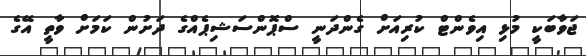
ޖަވާބަކީ މުޅި އިވެންޓް ކުރިއަށް ގެންދަނީ ސްޕޮންސަޝިޕެއްގެ ދަށުން ކަމަށް ވާތީ އޭގެ